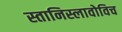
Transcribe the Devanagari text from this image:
स्तानिस्लावोविच